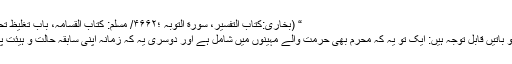
“ (بخاری:کتاب التفسیر، سورة التوبہ ؛۴۶۶۲/ مسلم: کتاب القسامہ، باب تغلیظ تحریم الدماء ؛ ۱۶۷۹)
مذکورہ حدیث میں دو باتیں قابل توجہ ہیں: ایک تو یہ کہ محرم بھی حرمت والے مہینوں میں شامل ہے اور دوسری یہ کہ زمانہ اپنی سابقہ حالت و ہیئت پر واپس لوٹ آیا ہے۔